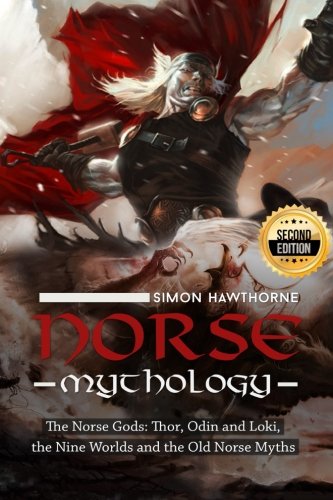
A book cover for Norse Mythology: The Norse Gods: Thor, Odin and Loki, the Nine Worlds and the Old Norse Myths; Simon Hawthorne; History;